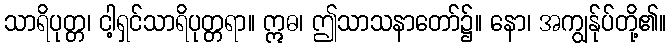
သာရိပုတ္တ၊ ငါ့ရှင်သာရိပုတ္တရာ။ ဣဓ၊ ဤသာသနာတော်၌။ နော၊ အကျွန်ုပ်တို့၏။